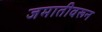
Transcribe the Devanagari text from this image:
जमातीवरून